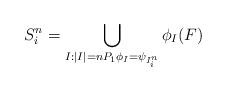
LaTeX: \begin{align*} S^n _i = \bigcup_{I: |I|=n P_1 \phi_I = \psi_{I^n _i}} \phi_{I} (F)\end{align*}